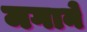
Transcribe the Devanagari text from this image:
मगाने